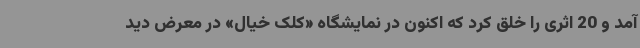
آمد و 20 اثری را خلق کرد که اکنون در نمایشگاه «کلک خیال» در معرض دید